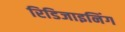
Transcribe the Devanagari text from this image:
रिडिजाइनिंग